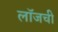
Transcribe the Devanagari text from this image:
लॉजची